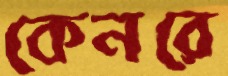
কেনরে